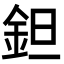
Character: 鉭